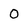
Character: 0